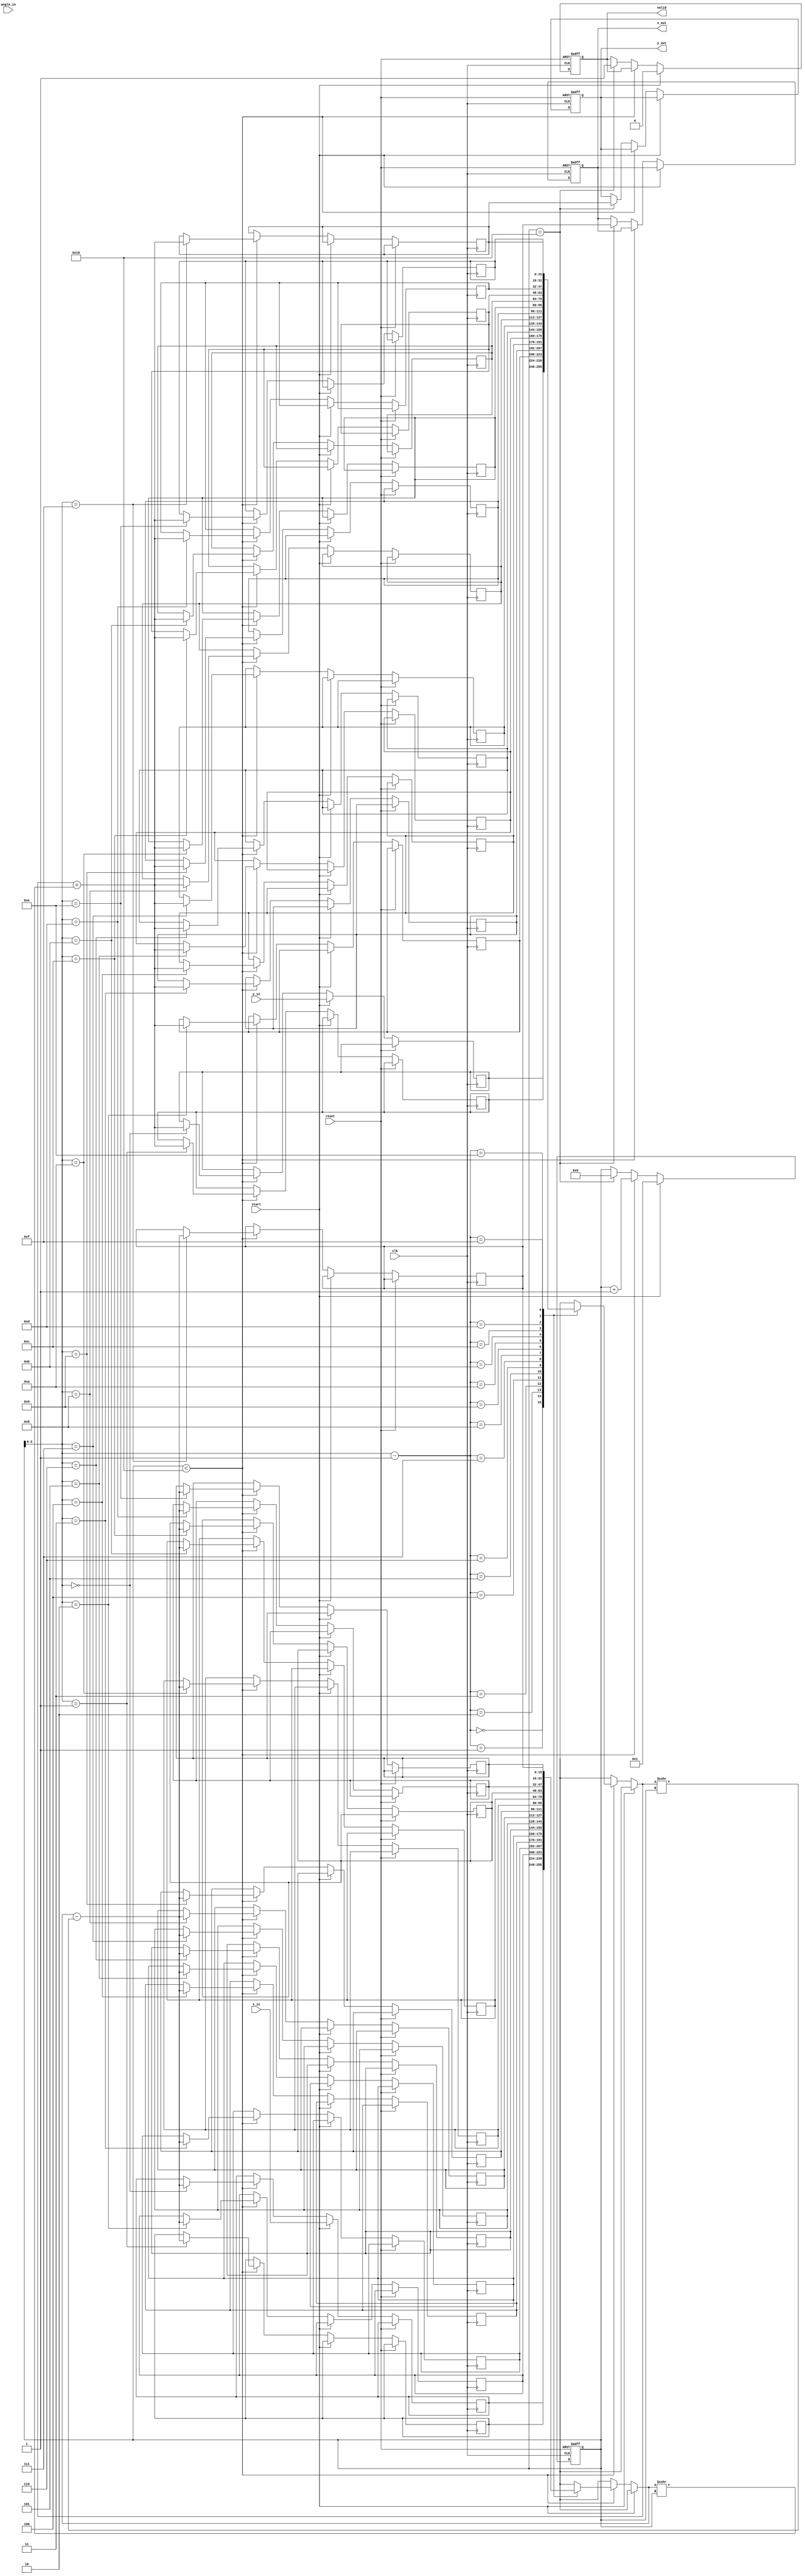
module pipeline_cordic #(
    parameter DATA_WIDTH = 16,
    parameter ITERATIONS = 16
)(
    input wire clk,
    input wire reset,
    input wire start,
    input wire signed [DATA_WIDTH-1:0] x_in,
    input wire signed [DATA_WIDTH-1:0] y_in,
    input wire signed [DATA_WIDTH-1:0] angle_in,
    output reg signed [DATA_WIDTH-1:0] x_out,
    output reg signed [DATA_WIDTH-1:0] y_out,
    output reg valid
);

    // CORDIC Constants
    reg signed [DATA_WIDTH-1:0] atan_table [0:ITERATIONS-1];
    initial begin
        // Initialize the arctangent values for the CORDIC algorithm
        atan_table[0] = 16'h26B2; // atan(2^-0)
        atan_table[1] = 16'h1D7A; // atan(2^-1)
        atan_table[2] = 16'h0FC9; // atan(2^-2)
        atan_table[3] = 16'h07E4; // atan(2^-3)
        atan_table[4] = 16'h03FE; // atan(2^-4)
        atan_table[5] = 16'h01FF; // atan(2^-5)
        atan_table[6] = 16'h00FF; // atan(2^-6)
        atan_table[7] = 16'h007F; // atan(2^-7)
        atan_table[8] = 16'h003F; // atan(2^-8)
        atan_table[9] = 16'h001F; // atan(2^-9)
        atan_table[10] = 16'h000F; // atan(2^-10)
        atan_table[11] = 16'h0007; // atan(2^-11)
        atan_table[12] = 16'h0003; // atan(2^-12)
        atan_table[13] = 16'h0001; // atan(2^-13)
        atan_table[14] = 16'h0000; // atan(2^-14)
        atan_table[15] = 16'hFFFF; // atan(2^-15)
    end

    // Pipeline registers
    reg signed [DATA_WIDTH-1:0] x_reg [0:ITERATIONS-1];
    reg signed [DATA_WIDTH-1:0] y_reg [0:ITERATIONS-1];
    reg signed [DATA_WIDTH-1:0] angle_reg [0:ITERATIONS-1];
    reg [4:0] stage;

    // Control logic
    always @(posedge clk or posedge reset) begin
        if (reset) begin
            stage <= 0;
            valid <= 0;
            x_out <= 0;
            y_out <= 0;
        end else if (start) begin
            // Load initial values
            x_reg[0] <= x_in;
            y_reg[0] <= y_in;
            angle_reg[0] <= angle_in;
            stage <= 1;
            valid <= 0;
        end else if (stage < ITERATIONS) begin
            // CORDIC rotation operation
            x_reg[stage] <= x_reg[stage-1] - (y_reg[stage-1] >>> stage);
            y_reg[stage] <= y_reg[stage-1] + (x_reg[stage-1] >>> stage);
            angle_reg[stage] <= angle_reg[stage-1] - (angle_reg[stage-1] < 0 ? -atan_table[stage-1] : atan_table[stage-1]);
            stage <= stage + 1;
        end else if (stage == ITERATIONS) begin
            // Output the final results
            x_out <= x_reg[ITERATIONS-1];
            y_out <= y_reg[ITERATIONS-1];
            valid <= 1;
            stage <= 0; // Reset stage for next operation
        end
    end

endmodule